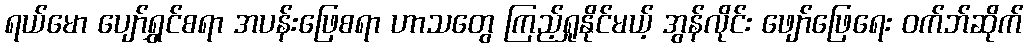
ရယ်မော ပျော်ရွှင်စရာ အပန်းဖြေစရာ ဟာသတွေ ကြည့်ရှုနိုင်မယ့် အွန်လိုင်း ဖျော်ဖြေရေး ၀က်ဘ်ဆိုက်